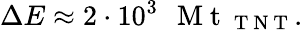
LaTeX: \Delta E\approx 2\cdot 10^{3}\mathrm{~\, ~M~t~}_{\mathrm{~T~N~T~}}.